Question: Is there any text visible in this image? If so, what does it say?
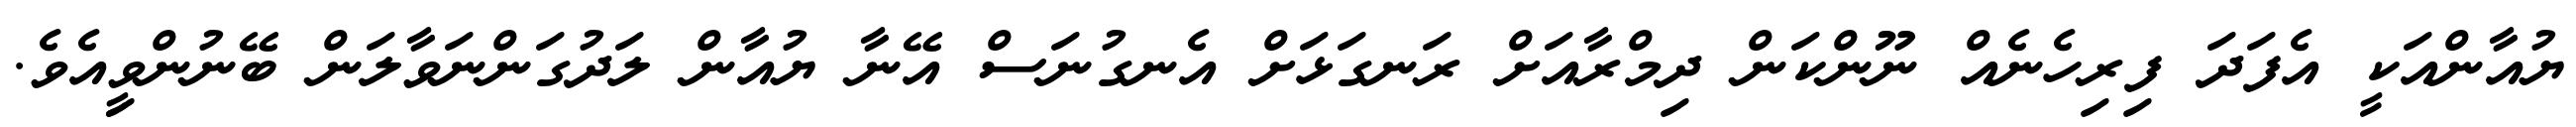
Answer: ޔުއާންއަކީ އެފަދަ ފިރިހެނެއް ނޫންކަން ދިމްރާއަށް ރަނގަޅަށް އެނގުނަސް އޭނާ ޔުއާން ލަދުގަންނަވާލަން ބޭނުންވިީއެވެ.